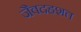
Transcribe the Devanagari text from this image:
जैवदहशत